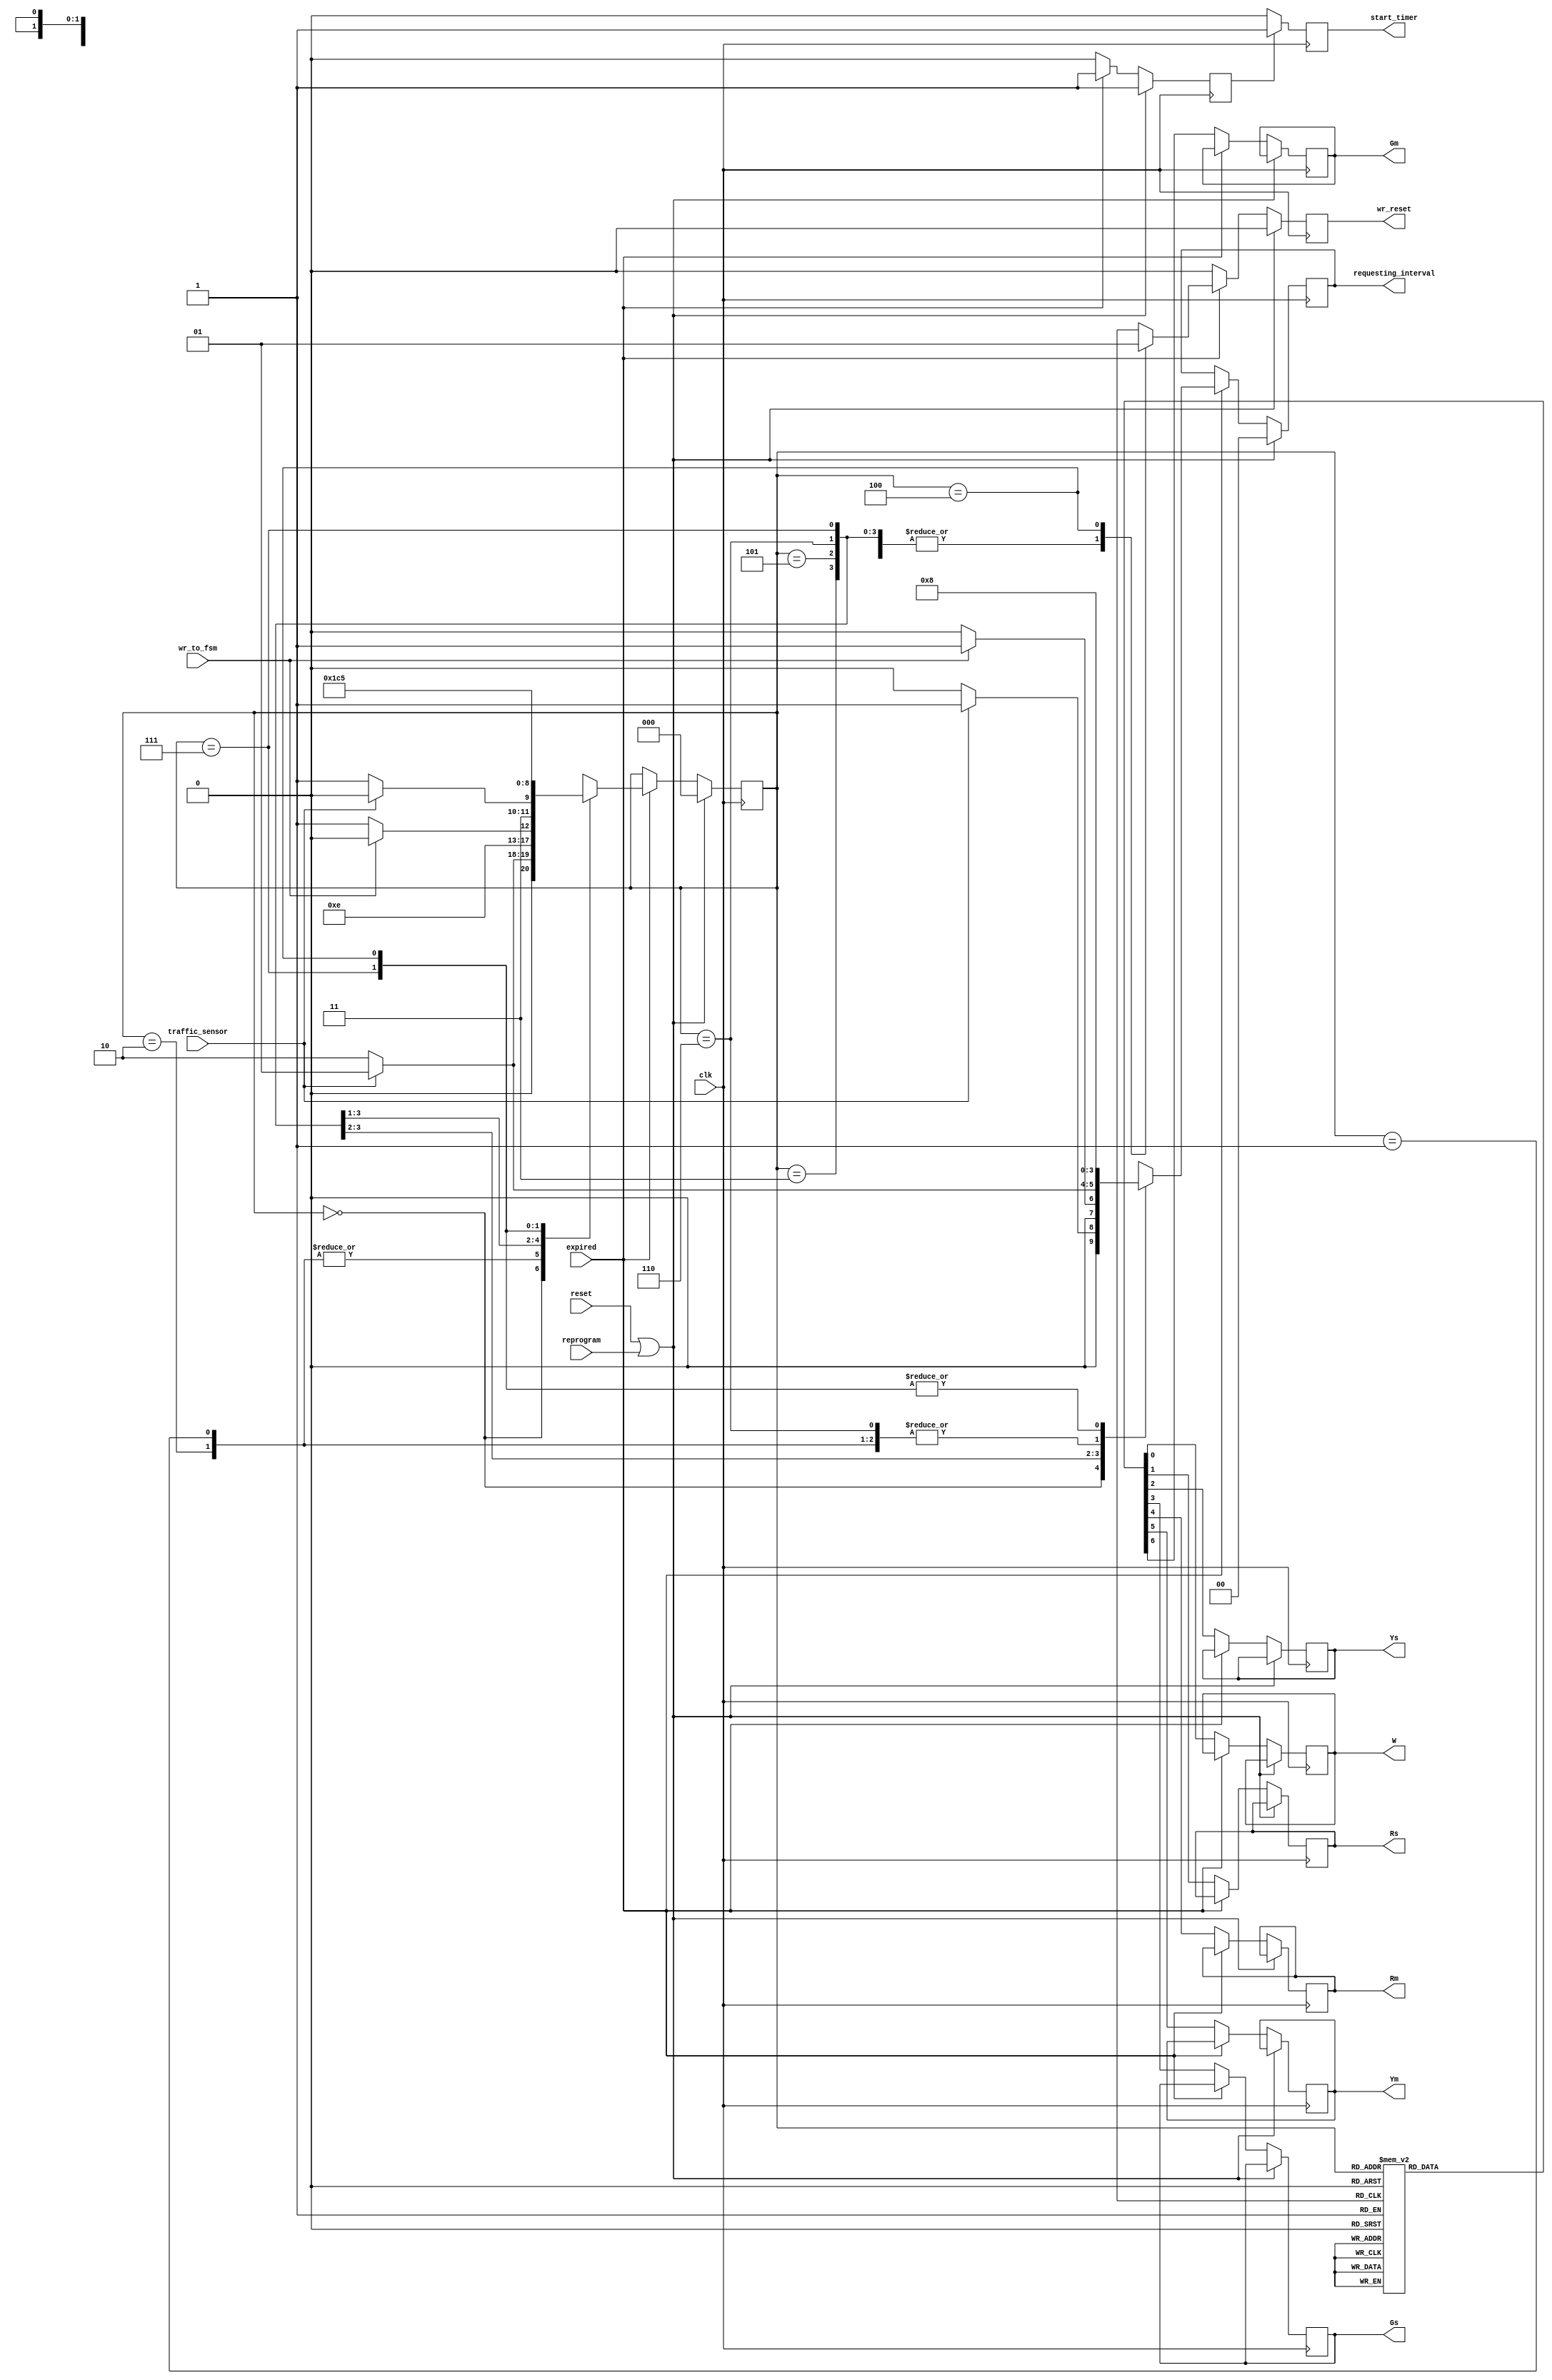
`timescale 1ns / 1ps
//////////////////////////////////////////////////////////////////////////////////
// Company: 
// Engineer: 
// 
// Design Name: 
// Module Name:    TrafficControllerFSM 
// Project Name: 
// Target Devices: 
// Tool versions: 
// Description: 
//
// Dependencies: 
//
// Revision: 
// Revision 0.01 - File Created
// Additional Comments: 
//
//////////////////////////////////////////////////////////////////////////////////
module TrafficControllerFSM(clk, traffic_sensor, wr_to_fsm, reset, reprogram, expired,
	wr_reset, requesting_interval, start_timer, Gm, Ym, Rm, W, Gs, Ys, Rs);
	
	input clk, traffic_sensor, wr_to_fsm, reset, reprogram, expired;
	output wr_reset, start_timer;
	output [1:0] requesting_interval;
	output Gm, Ym, Rm, W, Gs, Ys, Rs;

	reg start_timer = 0;
	reg start_timer_triggered = 0;
	reg[1:0] requesting_interval;
	reg wr_reset = 0;
	reg[2:0] state;
	//reg Gm, Ym, Rm, W, Gs, Ys, Rs;
	
	reg Gm = 0;
	reg Ym = 0;
	reg Rm = 0;
	reg W = 0;
	reg Gs = 0;
	reg Ys = 0;
	reg Rs = 0;

	parameter T_BASE = 2'b00;
	parameter T_EXT = 2'b01;
	parameter T_YEL = 2'b10;

	parameter MAIN_GREEN_FOR_FIRST_T_BASE = 3'b000;
	parameter MAIN_GREEN_FOR_T_EXT = 3'b001;
	parameter MAIN_GREEN_FOR_SECOND_T_BASE = 3'b010;
	parameter MAIN_YELLOW = 3'b011;
	parameter WALK_ON = 3'b100;
	parameter SIDE_GREEN_FOR_T_BASE = 3'b101;
	parameter SIDE_GREEN_FOR_T_EXT = 3'b110;
	parameter SIDE_YELLOW = 3'b111;

	parameter ON = 1'b1;
	parameter OFF = 1'b0;
	
	always @ (posedge clk)
	
	begin
		wr_reset = 0;
		start_timer = 0;
		if(start_timer_triggered)
		begin
			start_timer = 1;
			start_timer_triggered =0;
		end
		if(reset || reprogram)
		begin
			start_timer_triggered = 1;
			requesting_interval <= T_BASE;
			state <= MAIN_GREEN_FOR_FIRST_T_BASE;
		end
		else if (~expired)
		begin
			case (state)
				MAIN_GREEN_FOR_FIRST_T_BASE, MAIN_GREEN_FOR_T_EXT, MAIN_GREEN_FOR_SECOND_T_BASE:
					{Gm, Ym, Rm, Gs, Ys, Rs, W} <= {ON, OFF, OFF, OFF, OFF, ON, OFF};
				MAIN_YELLOW:
					{Gm, Ym, Rm, Gs, Ys, Rs, W} <= {OFF, ON, OFF, OFF, OFF, ON, OFF};
				SIDE_GREEN_FOR_T_BASE, SIDE_GREEN_FOR_T_EXT:
					{Gm, Ym, Rm, Gs, Ys, Rs, W} <= {OFF, OFF, ON, ON, OFF, OFF, OFF};
				SIDE_YELLOW:
					{Gm, Ym, Rm, Gs, Ys, Rs, W} <= {OFF, OFF, ON, OFF, ON, OFF, OFF};
				WALK_ON:
					{Gm, Ym, Rm, Gs, Ys, Rs, W} <= {OFF, OFF, ON, OFF, OFF, ON, ON};
			endcase
		end
		else if (expired)
		begin
			start_timer_triggered = 1;
			case (state)
				MAIN_GREEN_FOR_FIRST_T_BASE:
					if(traffic_sensor)
					begin
						{requesting_interval, state} <= {T_EXT, MAIN_GREEN_FOR_T_EXT};
					end
					else
					begin
						{requesting_interval, state} <= {T_BASE, MAIN_GREEN_FOR_SECOND_T_BASE};
					end
				MAIN_GREEN_FOR_SECOND_T_BASE:
					{requesting_interval, state} <= {T_YEL, MAIN_YELLOW};
				MAIN_GREEN_FOR_T_EXT:
					{requesting_interval, state} <= {T_YEL, MAIN_YELLOW};
				MAIN_YELLOW:
					if(wr_to_fsm)
					begin
						{requesting_interval, state} <= {T_EXT, WALK_ON};
					end
					else
					begin
						{requesting_interval, state} <= {T_BASE, SIDE_GREEN_FOR_T_BASE};
					end
				SIDE_GREEN_FOR_T_BASE:
					if(traffic_sensor)
					begin
						{requesting_interval, state} <= {T_EXT, SIDE_GREEN_FOR_T_EXT};
					end
					else
					begin
						{requesting_interval, state} <= {T_YEL, SIDE_YELLOW};
					end
				SIDE_GREEN_FOR_T_EXT:
					begin
					{requesting_interval, state} <= {T_YEL, SIDE_YELLOW};
					end
				SIDE_YELLOW:
					begin
					{requesting_interval, state} <= {T_BASE, MAIN_GREEN_FOR_FIRST_T_BASE};
					end
				WALK_ON:
					begin
					wr_reset = 1; 
					requesting_interval <= T_BASE;  
					state <= SIDE_GREEN_FOR_T_BASE;
					end
				default:
					state <=10;
				
			endcase
			
		end
	end

endmodule